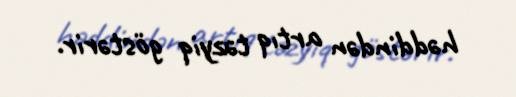
həddindən artıq təzyiq göstərir.